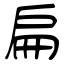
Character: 扁